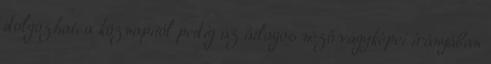
dolgozhat, a köznapitól pedig az átlagos néző vágyképei irányában